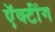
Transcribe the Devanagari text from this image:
ऍक्टींग